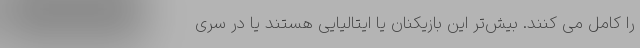
را کامل می کنند. بیش‌تر این بازیکنان یا ایتالیایی هستند یا در سری